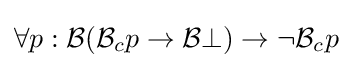
\forall p:{\mathcal {B}}({\mathcal {B}}_{c}p\to {\mathcal {B}}\bot )\to \neg {\mathcal {B}}_{c}p